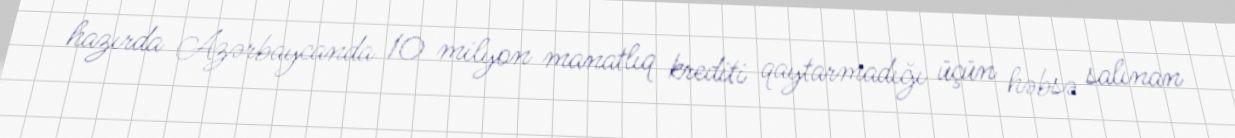
hazırda Azərbaycanda 10 milyon manatlıq krediti qaytarmadığı üçün həbsə salınan